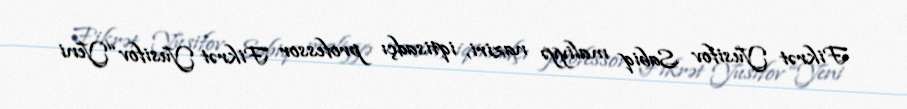
Fikrət Yusifov Sabiq maliyyə naziri, iqtisadçı professor Fikrət Yusifov “Yeni